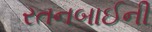
રતનબાઈની